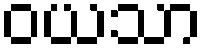
ဝယသာ